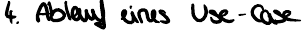
4. Ablauf eines Use-Case